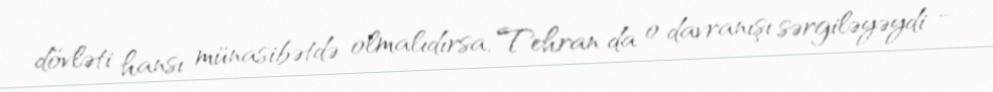
dövləti hansı münasibətdə olmalıdırsa, Tehran da o davranışı sərgiləyəydi –